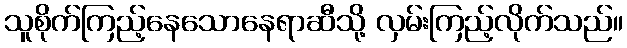
သူစိုက်ကြည့်နေသောနေရာဆီသို့ လှမ်းကြည့်လိုက်သည်။